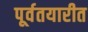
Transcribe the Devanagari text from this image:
पूर्वतयारीत